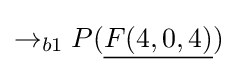
\rightarrow _{b1}P({\underline {F(4,0,4)}})